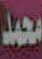
محمد